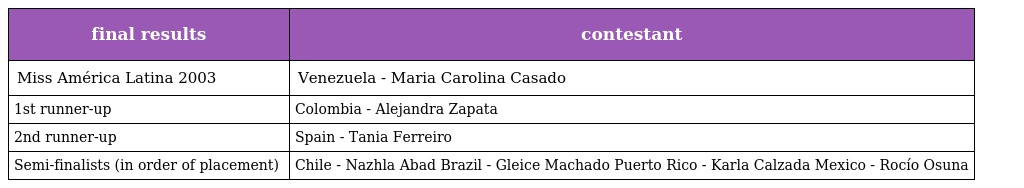
| final results | contestant |
 | --- | --- |
 | Miss América Latina 2003 | Venezuela - Maria Carolina Casado |
 | 1st runner-up | Colombia - Alejandra Zapata |
 | 2nd runner-up | Spain - Tania Ferreiro |
 | Semi-finalists (in order of placement) | Chile - Nazhla Abad Brazil - Gleice Machado Puerto Rico - Karla Calzada Mexico - Rocío Osuna |